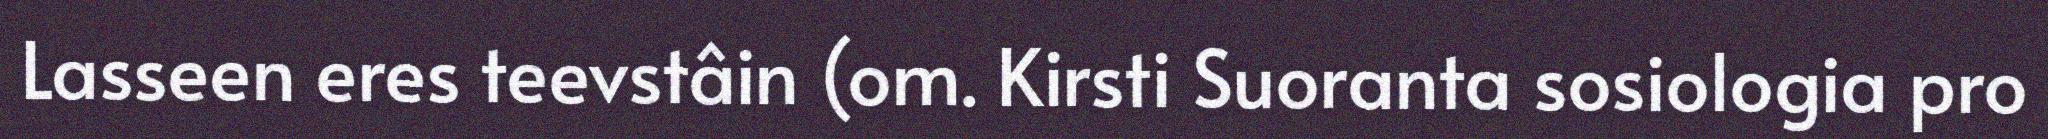
Lasseen eres teevstâin (om. Kirsti Suoranta sosiologia pro